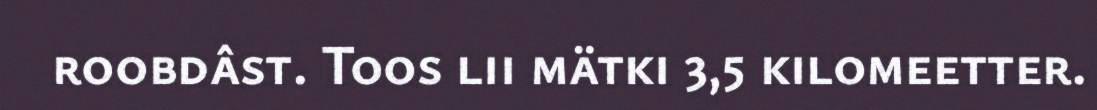
roobdâst. Toos lii mätki 3,5 kilomeetter.